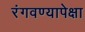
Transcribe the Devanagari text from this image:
रंगवण्यापेक्षा